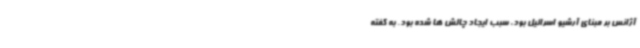
آژانس بر مبنای آرشیو اسرائیل بود، سبب ایجاد چالش ها شده بود. به گفته